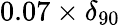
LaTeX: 0.07\times\delta_{90}